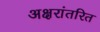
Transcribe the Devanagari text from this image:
अक्षरांतरित